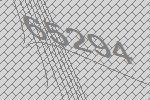
65294